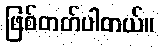
ဖြစ်တတ်ပါတယ်။